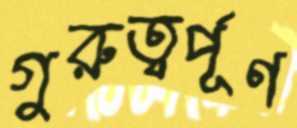
গুরুত্বর্পূণ